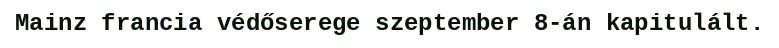
Mainz francia védőserege szeptember 8-án kapitulált.